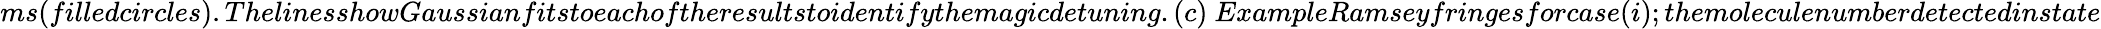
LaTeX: ms(filledcircles).ThelinesshowGaussianfitstoeachoftheresultstoidentifythemagicdetuning.(c)~ExampleRamseyfringesforcase(i);themoleculenumberdetectedinstate